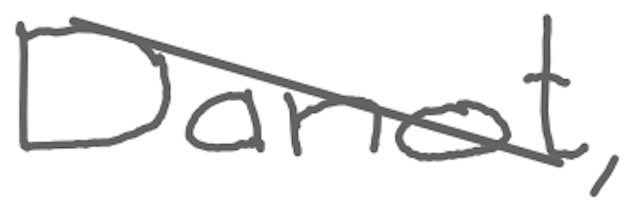
Text: Danot,
Cross-out: diagonal
Writing tool: digital_gray